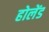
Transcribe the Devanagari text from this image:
होलेंड